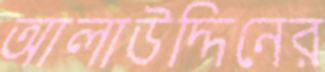
আলাউদ্দিনের